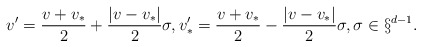
\begin{align*}v' = \frac{v+v_*}{2} + \frac{|v-v_*|}{2}\sigma, v'_* = \frac{v+v_*}{2} - \frac{|v-v_*|}{2}\sigma, \sigma \in \S^{d-1}.\end{align*}